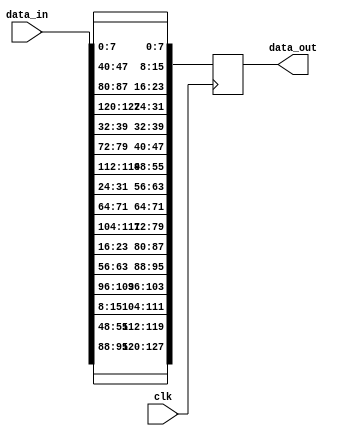
`timescale 1ns / 1ps
//////////////////////////////////////////////////////////////////////////////////
// Company: 
// Engineer: 
// 
// Design Name: 
// Module Name:    shiftrows 
// Project Name: 
// Target Devices: 
// Tool versions: 
// Description: 
//
// Dependencies: 
//
// Revision: 
// Revision 0.01 - File Created
// Additional Comments: 
//
//////////////////////////////////////////////////////////////////////////////////
module shiftrows(clk,data_in,data_out
    );
	 input clk;
	 input [127:0]data_in;
	 output reg [127:0]data_out=128'b0;
	 
	 always@(posedge clk)
	 begin
	 data_out[127:120]<=data_in[95:88];
	 data_out[119:112]<=data_in[55:48];
	 data_out[111:104]<=data_in[15:8];
	 data_out[103:96]<= data_in[103:96];
	 
	 
	 data_out[95:88]<=data_in[63:56];
	 data_out[87:80]<=data_in[23:16];
	 data_out[79:72]<=data_in[111:104];
	 data_out[71:64]<=data_in[71:64];
	 
	 data_out[63:56]<=data_in[31:24];
	 data_out[55:48]<=data_in[119:112];
	 data_out[47:40]<=data_in[79:72];
	 data_out[39:32]<=data_in[39:32];
	 
	 data_out[31:24]<=data_in[127:120];
	 data_out[23:16]<=data_in[87:80];
	 data_out[15:8]<= data_in[47:40];
	 data_out[7:0]<=data_in[7:0];
	 end
endmodule